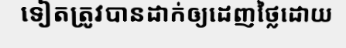
ទៀតត្រូវបានដាក់ឲ្យដេញថ្លៃដោយ